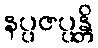
နပ္ပဇပ္ပန္တိ